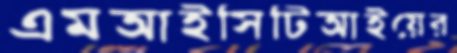
এমআইসিটিআইয়ের